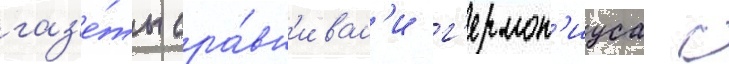
газ'е́ты сра́вн'ивал'и г'ермон'иуса с